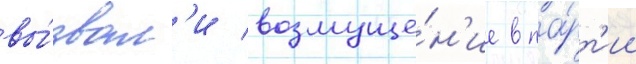
вы́звал'и возмуще́н'ие в па́рт'ии